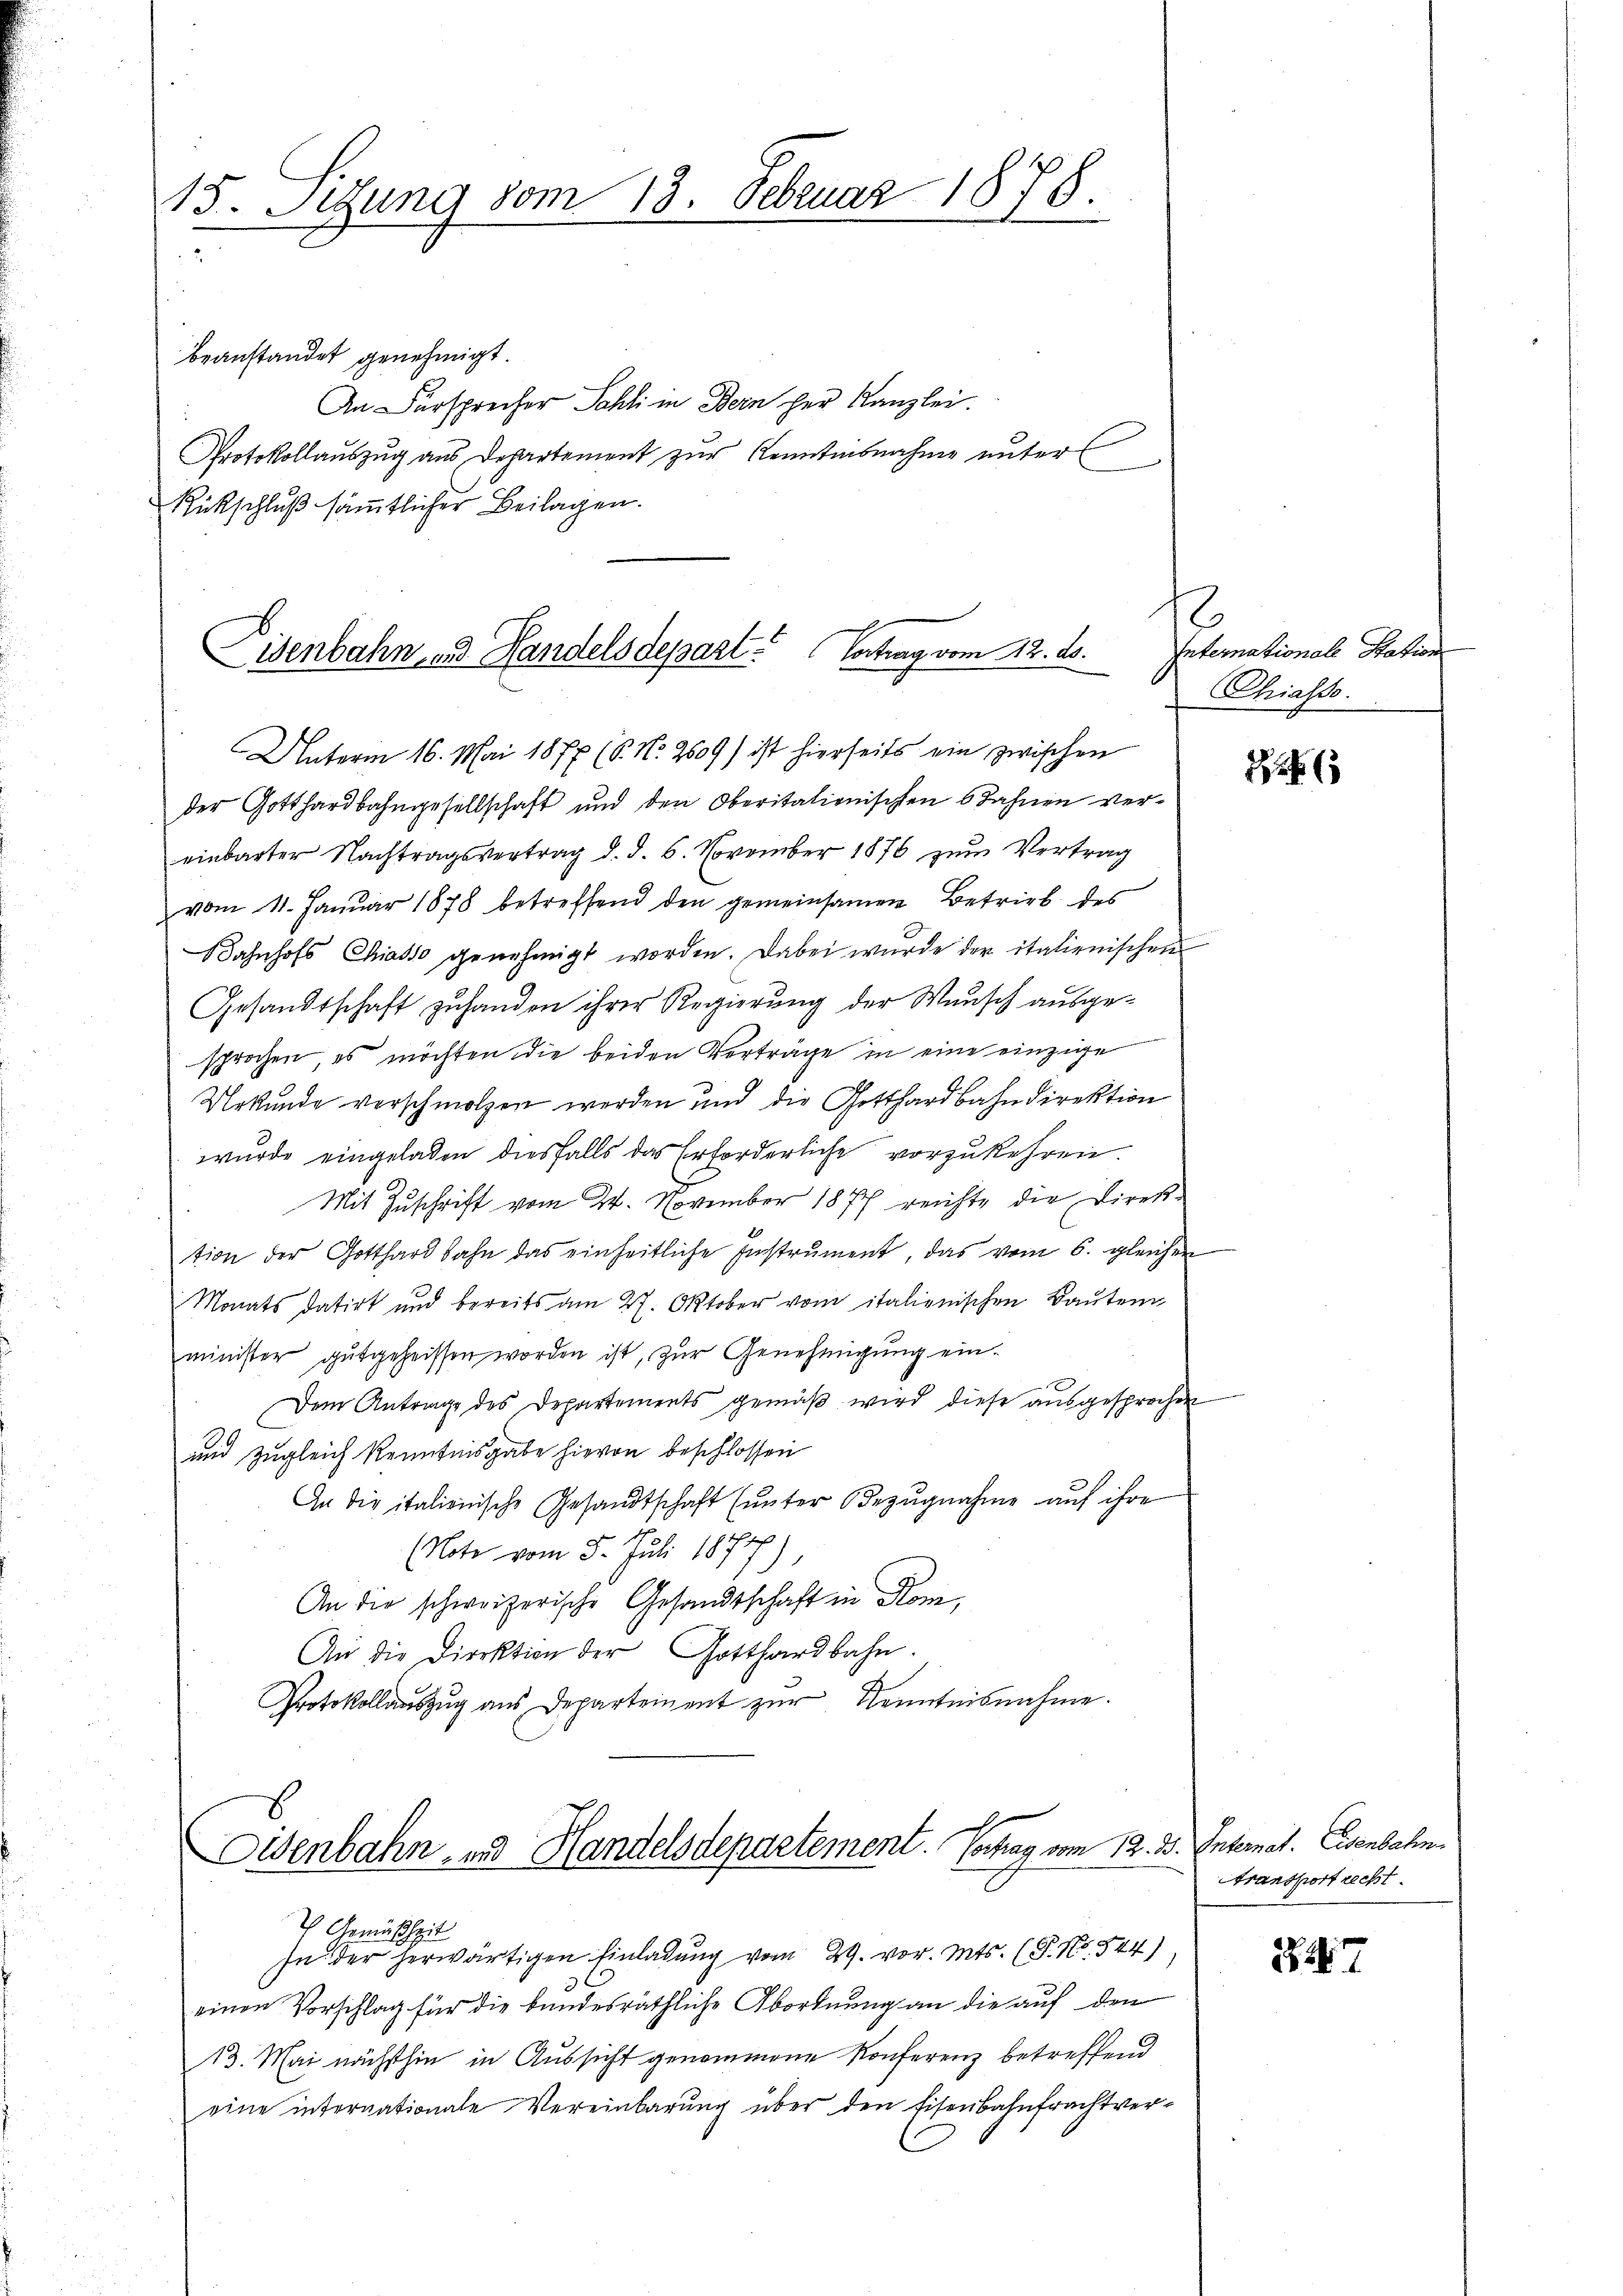
15. Setzung vom 13. Februar 1875.

beanstandet genehmigt.
An Fürsprecher Sahli in Bern her Kanzlei.
Protokollauszug aus Departement zur Kenntnisnahme unterl
Rückschluß sämmtlicher Beilagen.

Eisenbahn- und Handelsdepart. Vortrag vom 12. ds.

Unterm 16. Mai 1877 (S. Nr. 2509) ist hierseits ein zwischen
der Gotthardbahngesellschaft und den Oberitationischen 6 Sahnen vereinbarter Nachtragsvertrag d. d. 6. November 1876 zum Vertrag
vom 11. Janŭar 1878 betreffend den gemeinsamen Betrieb des
Bahnhofs Chiasso genehmigt worden. Dabei wurde der italienischen
Gesandtschaft zuhanden ihrer Regierung der Wunsch ausgesprochen, es möchten die beiden Verträge in eine einzige
Urkunde verschmolzen werden und die Gotthardbahndirektion
wurde eingeladen diesfalls das Erforderliche vorzukehren.
Mit Zuschrift vom 24. November 1877 reichte die Direktion der Gotthardbahn das einheitliche Instrument, das vom 6. gleichen
Monats datirt und bereits am 27. Oktober vom italienischen Bautend
minister gutgeheissen worden ist, zur Genehmigung ein¬
Dem Antrage des Departements gemäß wird diese ausgesprochen
und zugleich Kenntnisgabe hievon beschlossen
An die italienische Gesandtschaft (unter Bezŭgnahme aŭf ihre
(Note vom 5. Juli 1877)
An die schweizerische Gesandtschaft in Kom¬
An die Direktion der Gotthardbahn.
Protokollauszug aus Departement zŭr Kenntnisnahme.

Eisenbahn- und Handelsdepartement. Vortrag vom 12.

Gemäßheit
In der herwärtigen Einladung vom 29. vor. Mts. (T. No. 544)
einen Vorschlag für die bundesräthliche Abordnung an die auf den
13. Mai nächsthin in Aussicht genommene Konferenz betreffend
eine internationale Vereinbarung über den Eisenbahnfrachtver¬

2
Internationale Station
Chiasso.

2

2. Internat. Eisenbahn
Transport recht

227